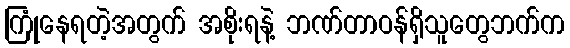
ကြုံနေရတဲ့အတွက် အစိုးရနဲ့ ဘဏ်တာဝန်ရှိသူတွေဘက်က